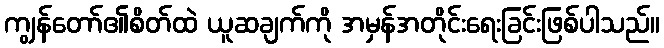
ကျွန်တော်၏စိတ်ထဲ ယူဆချက်ကို အမှန်အတိုင်းရေးခြင်းဖြစ်ပါသည်။